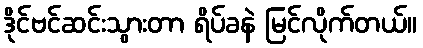
ဒိုင်ဗင်ဆင်းသွားတာ ရိပ်ခနဲ မြင်လိုက်တယ်။